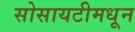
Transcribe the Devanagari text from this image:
सोसायटीमधून